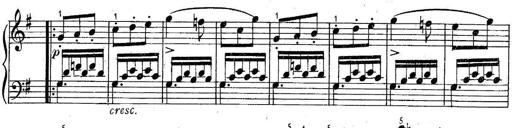
Title: 6 Easy Sonatinas
Composer: Carl Czerny